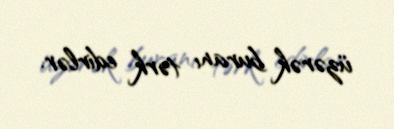
üzərək buranı tərk edirlər.